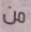
من